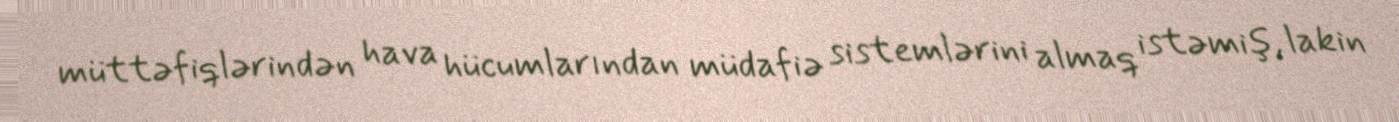
müttəfiqlərindən hava hücumlarından müdafiə sistemlərini almaq istəmiş, lakin